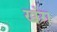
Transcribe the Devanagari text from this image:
ख्रंग